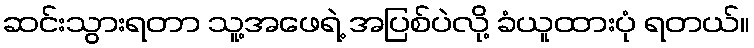
ဆင်းသွားရတာ သူ့အဖေရဲ့ အပြစ်ပဲလို့ ခံယူထားပုံ ရတယ်။